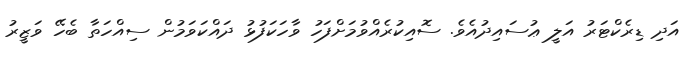
އަދި ޑިރެކްޓަރު އަލީ ޢުސައިދުއެވެ. ސޮއިކުރެއްވުމަށްފަހު ވާހަކަފުޅު ދައްކަވަމުން ސިއްހަތާ ބެހޭ ވަޒީރު